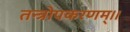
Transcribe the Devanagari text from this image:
तन्त्रोपकरणम्।।